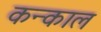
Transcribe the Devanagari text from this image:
कन्काल